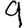
Digit: 9